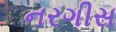
નરગીસ